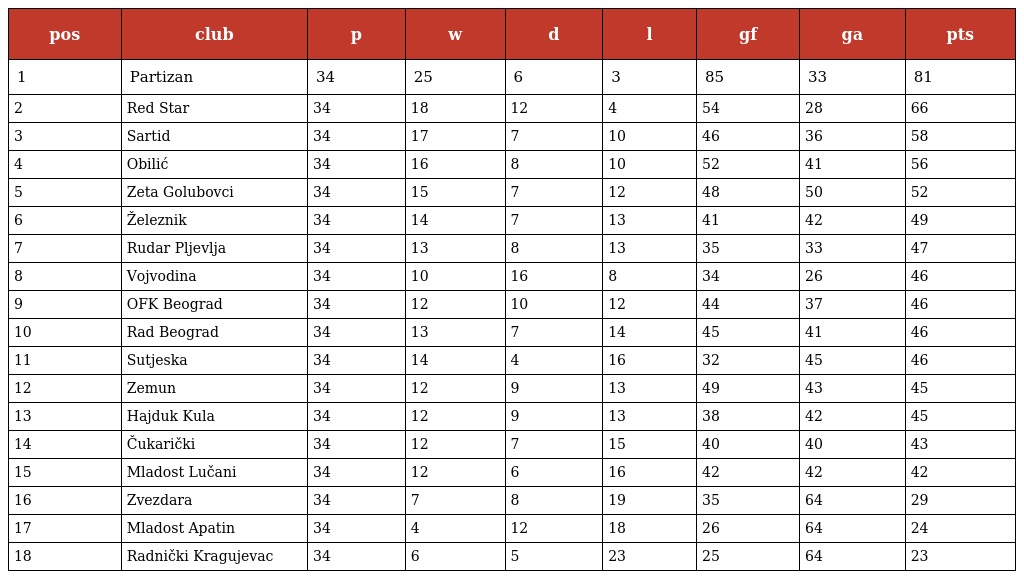
| pos | club | p | w | d | l | gf | ga | pts |
 | --- | --- | --- | --- | --- | --- | --- | --- | --- |
 | 1 | Partizan | 34 | 25 | 6 | 3 | 85 | 33 | 81 |
 | 2 | Red Star | 34 | 18 | 12 | 4 | 54 | 28 | 66 |
 | 3 | Sartid | 34 | 17 | 7 | 10 | 46 | 36 | 58 |
 | 4 | Obilić | 34 | 16 | 8 | 10 | 52 | 41 | 56 |
 | 5 | Zeta Golubovci | 34 | 15 | 7 | 12 | 48 | 50 | 52 |
 | 6 | Železnik | 34 | 14 | 7 | 13 | 41 | 42 | 49 |
 | 7 | Rudar Pljevlja | 34 | 13 | 8 | 13 | 35 | 33 | 47 |
 | 8 | Vojvodina | 34 | 10 | 16 | 8 | 34 | 26 | 46 |
 | 9 | OFK Beograd | 34 | 12 | 10 | 12 | 44 | 37 | 46 |
 | 10 | Rad Beograd | 34 | 13 | 7 | 14 | 45 | 41 | 46 |
 | 11 | Sutjeska | 34 | 14 | 4 | 16 | 32 | 45 | 46 |
 | 12 | Zemun | 34 | 12 | 9 | 13 | 49 | 43 | 45 |
 | 13 | Hajduk Kula | 34 | 12 | 9 | 13 | 38 | 42 | 45 |
 | 14 | Čukarički | 34 | 12 | 7 | 15 | 40 | 40 | 43 |
 | 15 | Mladost Lučani | 34 | 12 | 6 | 16 | 42 | 42 | 42 |
 | 16 | Zvezdara | 34 | 7 | 8 | 19 | 35 | 64 | 29 |
 | 17 | Mladost Apatin | 34 | 4 | 12 | 18 | 26 | 64 | 24 |
 | 18 | Radnički Kragujevac | 34 | 6 | 5 | 23 | 25 | 64 | 23 |